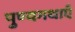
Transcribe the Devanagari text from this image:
पुण्यगथाएँ